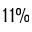
1 1 \%